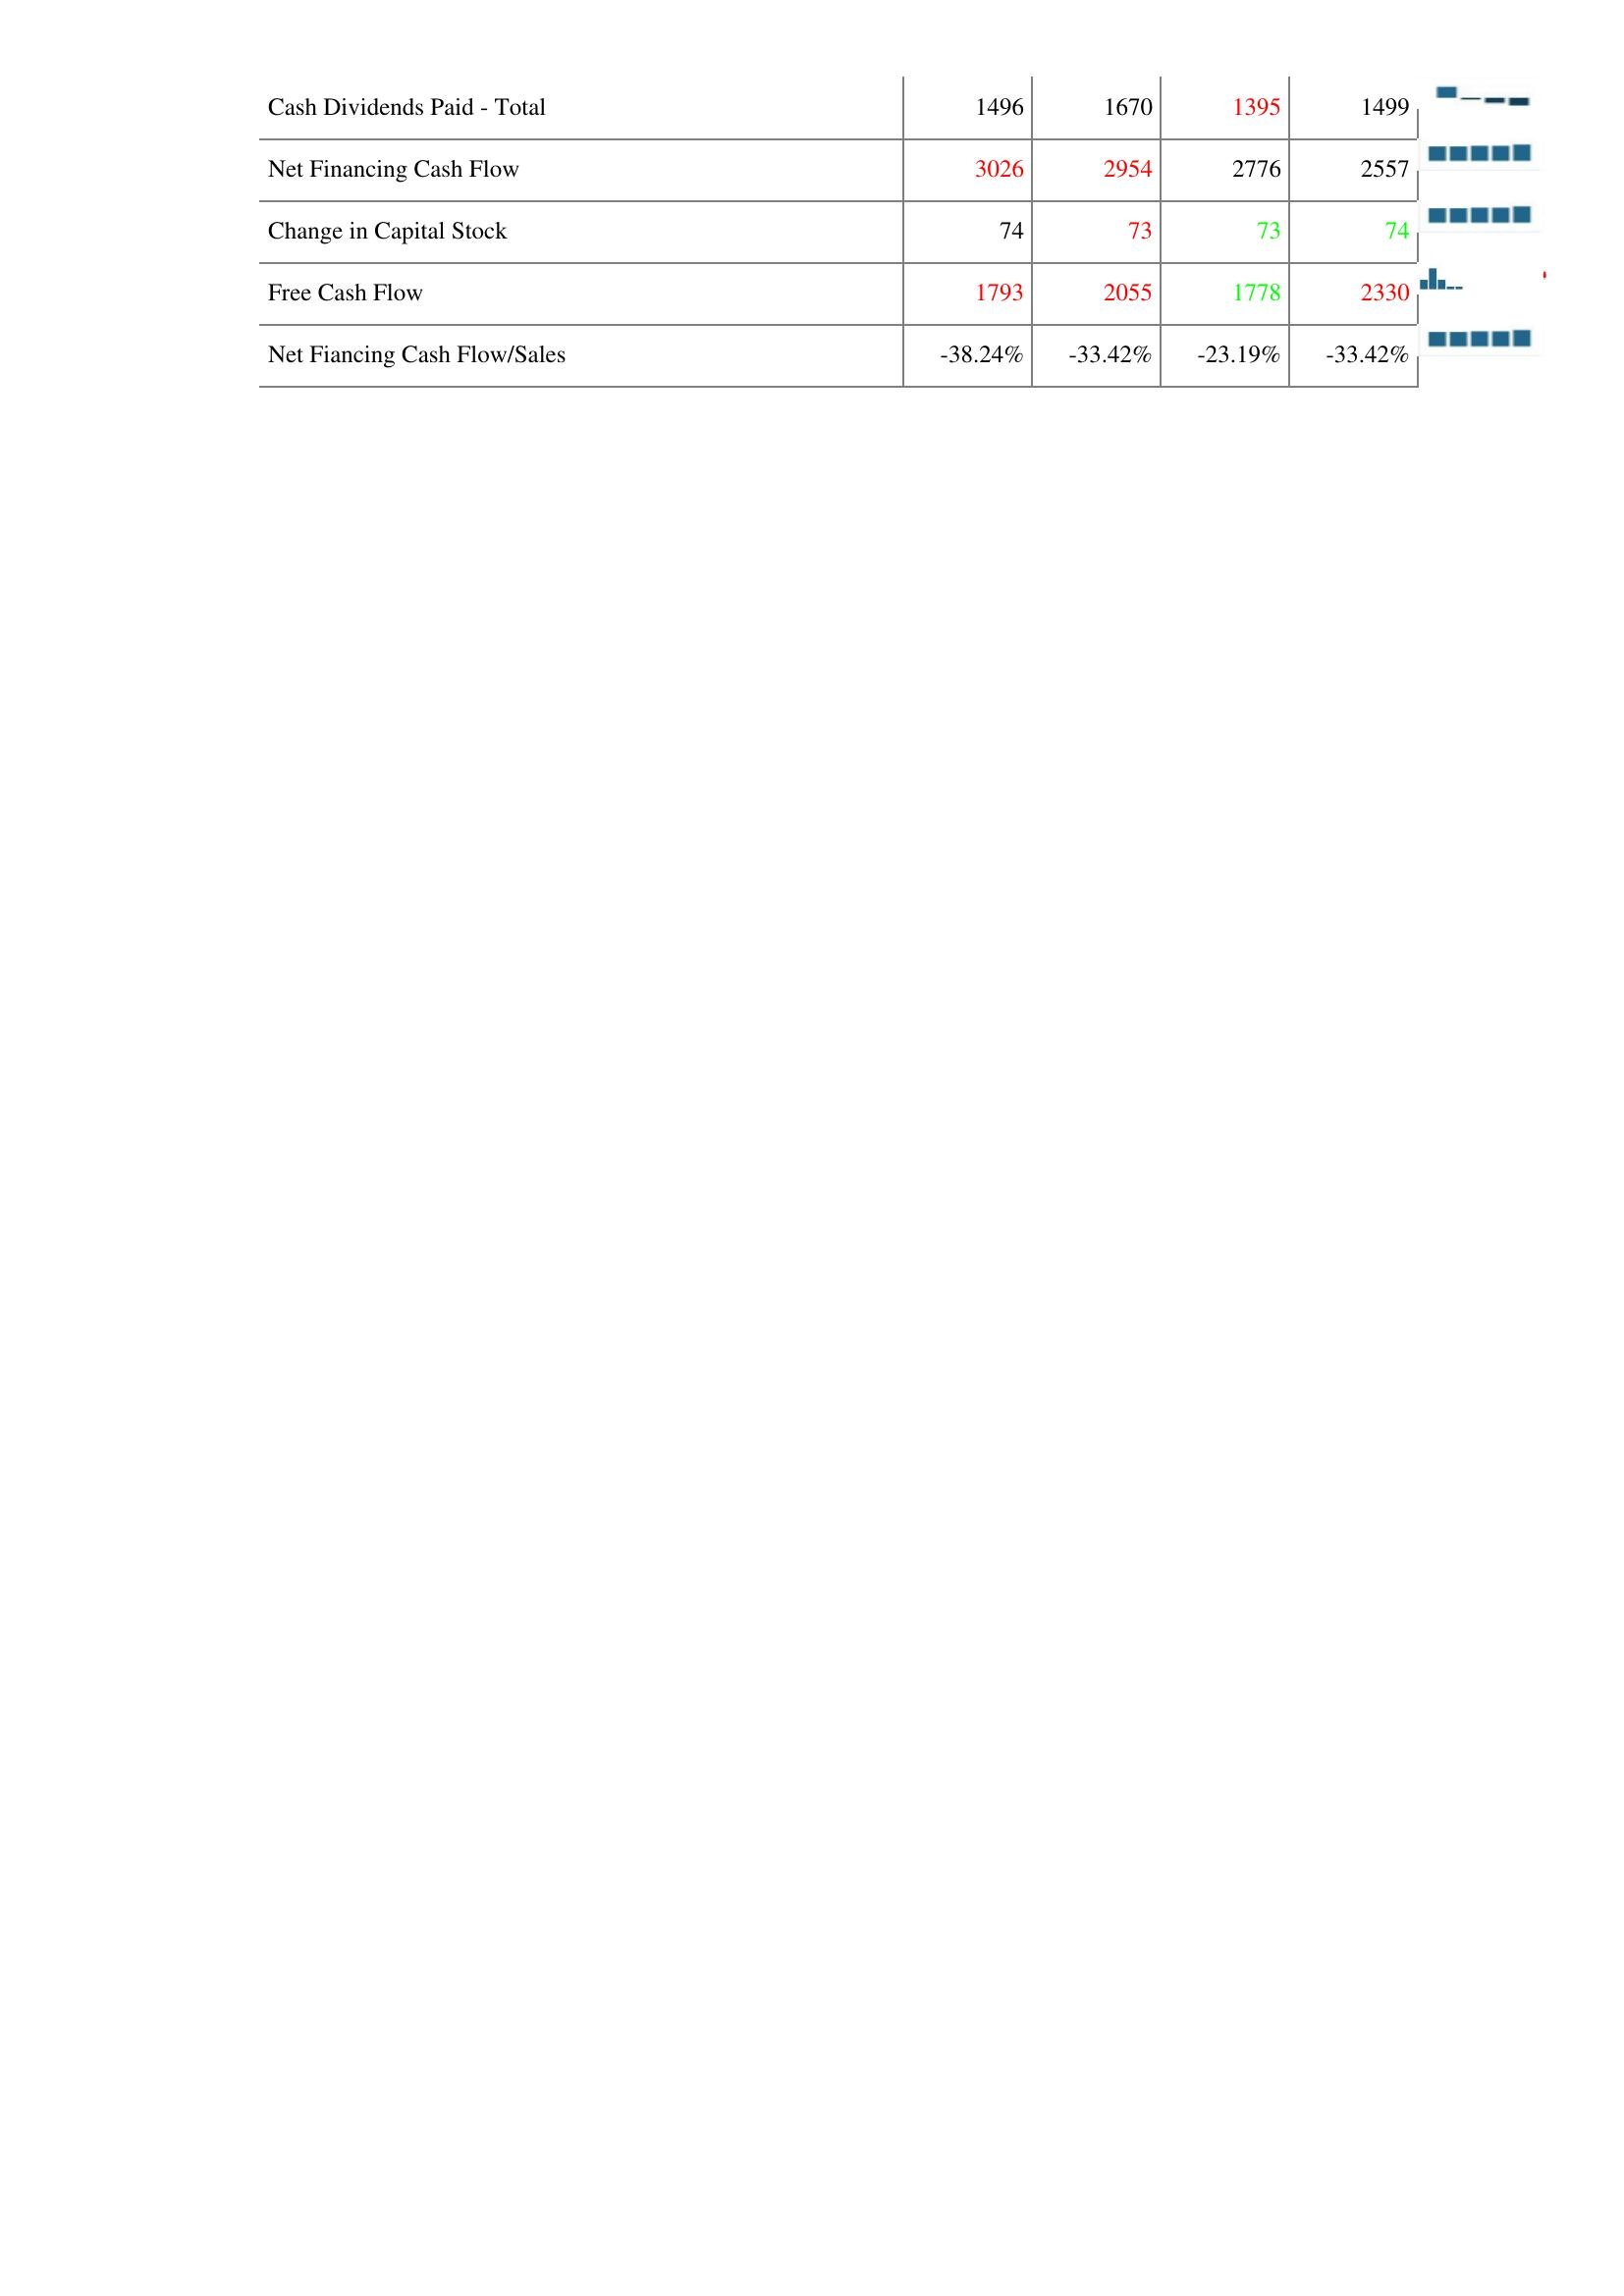
2013: Financing Activities: Cash Dividends Paid - Total: 1496
Net Financing Cash Flow: 3026
Change in Capital Stock: 74
Free Cash Flow: 1793
Net Fiancing Cash Flow/Sales: -38.24%
2014: Financing Activities: Cash Dividends Paid - Total: 1670
Net Financing Cash Flow: 2954
Change in Capital Stock: 73
Free Cash Flow: 2055
Net Fiancing Cash Flow/Sales: -33.42%
2015: Financing Activities: Cash Dividends Paid - Total: 1395
Net Financing Cash Flow: 2776
Change in Capital Stock: 73
Free Cash Flow: 1778
Net Fiancing Cash Flow/Sales: -23.19%
2016: Financing Activities: Cash Dividends Paid - Total: 1499
Net Financing Cash Flow: 2557
Change in Capital Stock: 74
Free Cash Flow: 2330
Net Fiancing Cash Flow/Sales: -33.42%